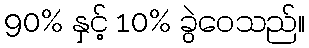
90% နှင့် 10% ခွဲဝေသည်။